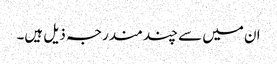
ان میں سے چند مندرجہ ذیل ہیں۔